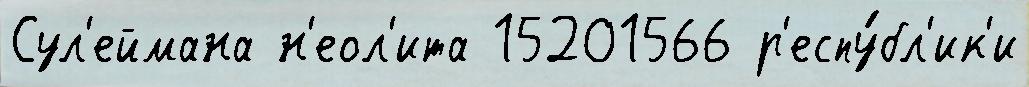
Сул'еймана н'еол'ита 15201566 р'еспу́бл'ик'и